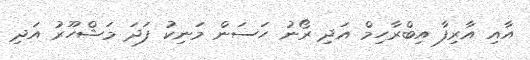
އާއި އާރިފާ އިބްރާހިމް އަދި ރޯނު ހަސަން މަނިކު ފަދަ މަޝްހޫރު އަދި